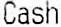
CASH